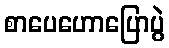
စာပေဟောပြောပွဲ